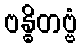
ဗန္ဓိတဗ္ဗံ